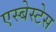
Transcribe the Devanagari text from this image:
एस्बेस्टेस